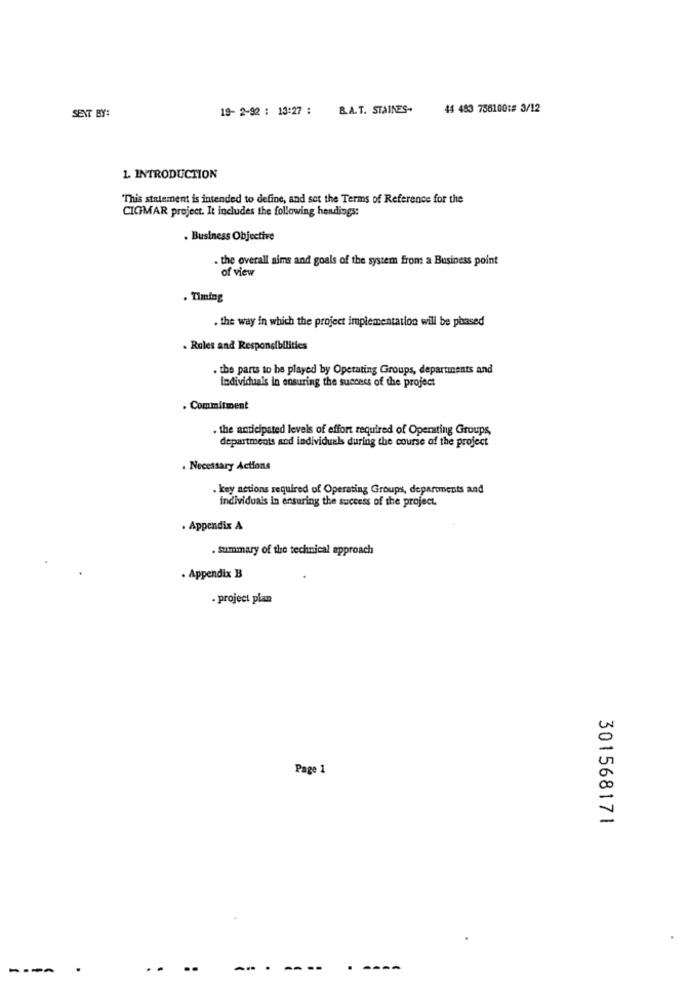
19- 2-92 : 13:27 : B.A.T. STAINES-
44 483 756100:# 3/12
SENT BY:
1. INTRODUCTION
This statement is intended to define, and set the Terms of Reference for the
CICIMAR project. It includes the following hendings:
. Business Objective
. the overall aims and goals of the system from a Business point
of view
. Timing
. the way in which the project implementation will be phased
. Roles and Responsibilities
. the parts to be played by Operating Groups, departments and
individuals in ensuring the success of the project
Commitment
. the anticipated levels of effort required of Operating Groups,
departments and individuals during the course of the project
. Necessary Actions
. key actions required of Operating Groups, departments and
individuals in ensuring the success of the project.
. Appendix A
. summary of the technical approach
. Appendix B
- project plan
Page 1
301568171
---
..
--- ---
-----